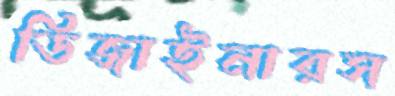
ডিজাইনারস